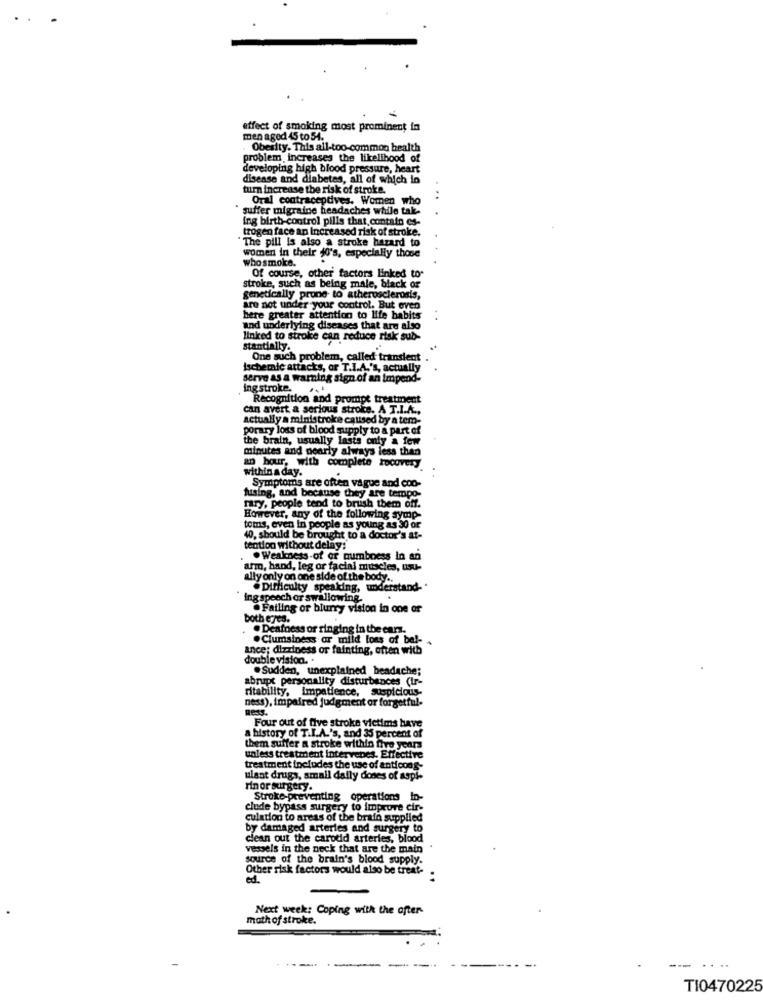
effect of smoking most prominent in
men aged 45 to 54.
Obesity. This all-too-common health
problem increases the likelihood of
developing high blood pressure, heart
disease and diabetes, all of which in
turn increase the risk of stroke.
Oral contraceptives. Women who
suffer migraine headaches while tale-
ing birth-control pills that contain es-
trogen face an Increased risk of stroke.
"The pill is also a stroke hazard to
women in their 40's, especially those
who smoke.
Of course, other factors linked to
stroke, such as being male, black or
genetically prone to atherosclerosis,
are not under your control. But even
here greater attention to life habits
and underlying diseases that are also
linked to stroke can reduce risk sub-
stantially.
One such problem, called transient
ischemic attacks, or T.I.A.'s, actually
serve as a warning sign of an impend-
ing stroke. ..
Recognition and prompt treatment
can avert a serious stroke. A T.I.A .,
actually a ministroke caused by a tem-
porary loss of blood supply to a part of
the brain, usually lasts only a few
minutes and pearly always less than
within a day.
an hour, with complete Pocovery
fusing, and because they are tempo-
Symptoms are often vague and coo-
rary, people tend to brush them off.
However, any of the following symp-
toms, even in people as young as 30 or
40, should be brought to a doctor's at-
tention without delay:
.Weakness-of or numbness In an
arm, hand, leg or facial muscles, usu-
ally only on one side of the body ..
.Difficulty speaking, understand-"
ing speech or swallowing.
Failing or blurry vision in one of
both eyes.
. Deafness or ringing in the cars.
.Clumsiness ar mild lons of bel-
ance; dizziness or fainting, often with
double vision ..
.Sudden, unexplained headache;
abnipt personality disturbances (Ir-
ritability, Impatience, suspicious-
ness), impaired judgment or forgetful-
mess.
Four out of five stroke victims have
a history of T.I.A.'s, and 33 percent of
them suffer a stroke within five years
unless treatment Intervenes. Effective
treatment includes the use of anticong-
ulant drugs, small dally doses of aspi-
rin or surgery.
Stroke-preventing operations lo-
clude bypass surgery to improve cir-
culation to areas of the brafo supplied
by damaged arteries and surgery to
clean out the carotid arteries, blood
vessels in the neck that are the main
source of the brain's blood supply.
Other risk factors would also be treat-
ed.
Next week: Coping with the after-
math of stroke.
-
--
...
TI0470225